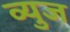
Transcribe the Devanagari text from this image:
व्युज